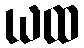
ယထ